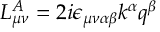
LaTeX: L _ { \mu \nu } ^ { A } = 2 i \epsilon _ { \mu \nu \alpha \beta } k ^ { \alpha } q ^ { \beta }